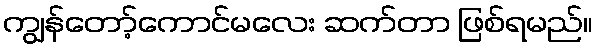
ကျွန်တော့်ကောင်မလေး ဆက်တာ ဖြစ်ရမည်။